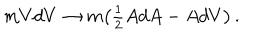
m V d V \rightarrow m \bigl ( { \textstyle { { \frac { 1 } { 2 } } } } A d A - A d V \bigr ) \, .